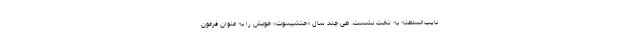
نایب‌السلطنه به تخت نشست. طی چند سال «حتشپسوت» خودش را به عنوان فرعون